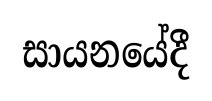
සායනයේදී